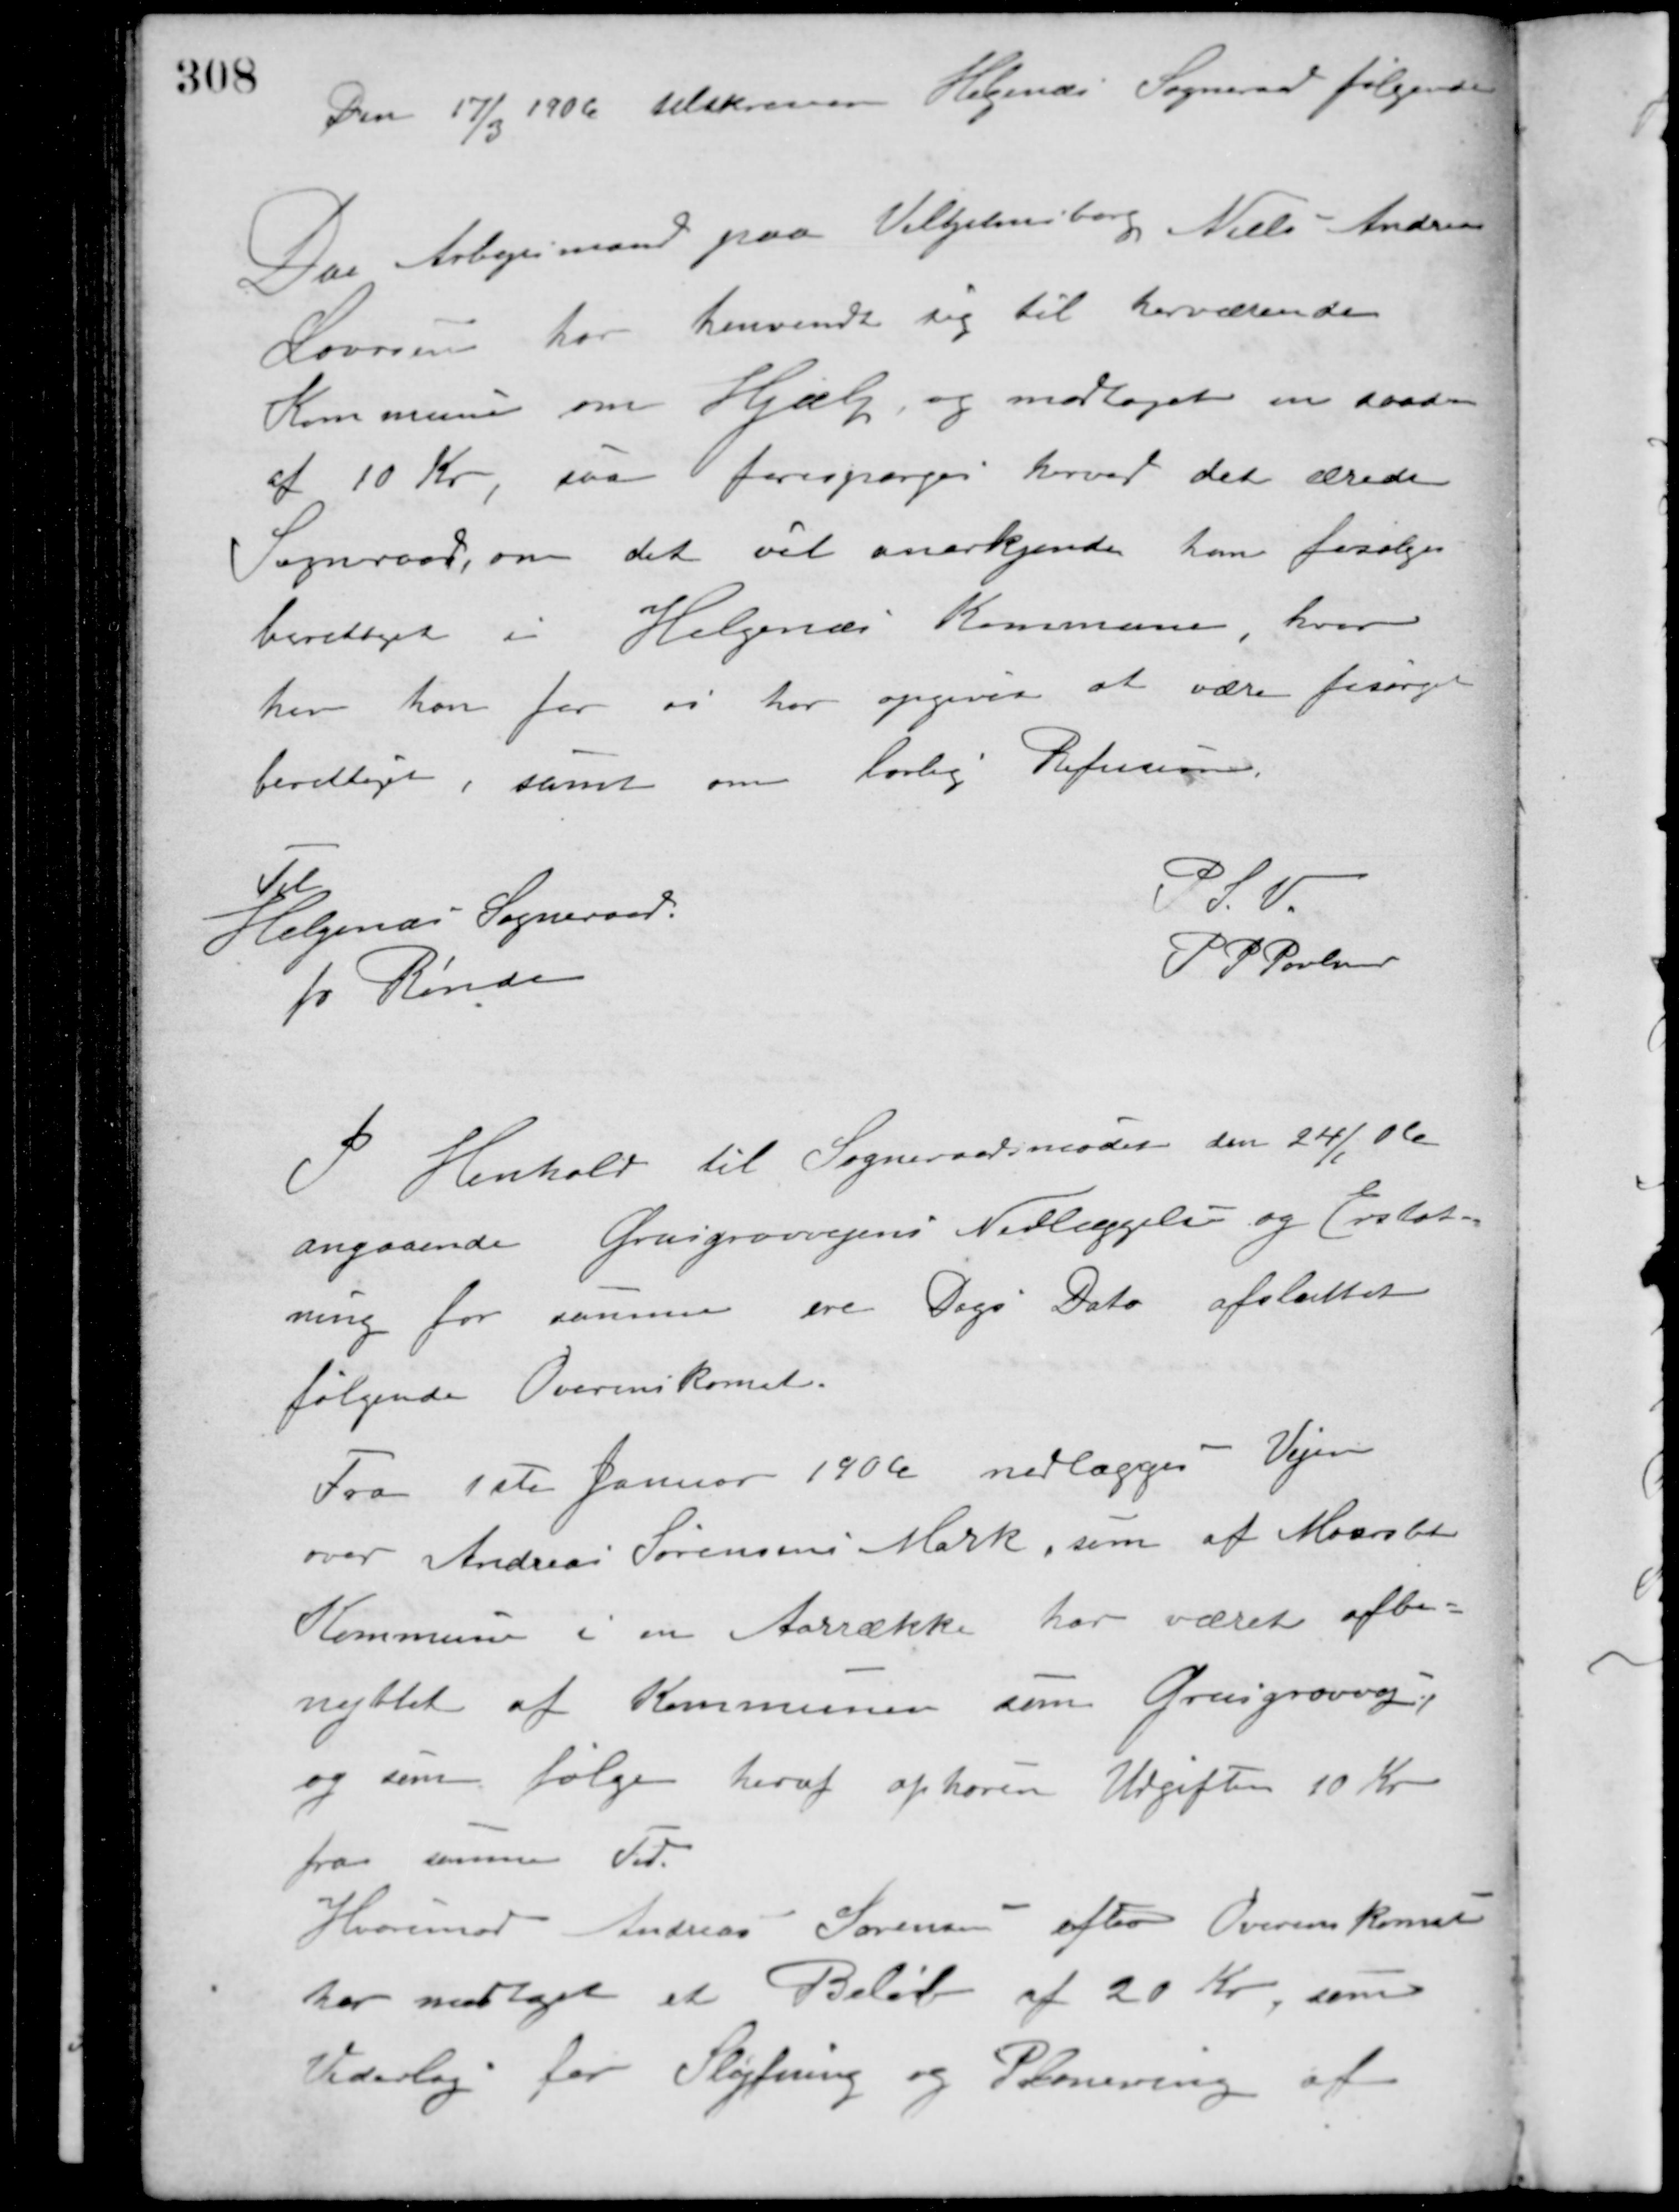
Transskription:
Den 17/3 1906 tilskreven Helgenæs Sogneraad følgende.
Da Arbejdsmand paa Vilhelmsborg Niels Andersen
Laursen har henvendt sig til herværende
Kommune om Hjælp, og modtaget en saadan
af 10 Kr. saa forespørges herved det ærede
Sogneraad, om det vil anerkjende ham forsørgelses-
berettiget i Helgenæs Kommune, hvor
her han for os har opgivet at være forsørgelses-
berettiget, samt om lovlig Refusion.
P.S.V.
P. P. Poulsen
Til
Helgenæs Sogneraad.
pr. Rønde
I Henhold til Sogneraadsmødet den 24/1 06
angaaende Grusgravvejens Nedlæggelse og Erstat-
ning for samme ere Dags Dato afsluttet
følgende Overenskomst.
Fra 1ste Januar 1906 nedlægges Vejen
over Andreas Sørensens Mark, som af Maarslet
Kommune i en Aarrække har været afbe-
nyttet af Kommunen som Grusgravvej,
og som følge heraf ophører Udgiften 10 Kr.
fra samme Tid.
Hvorimod Andreas Sørensen efter Overenskomst
har modtaget et Beløb af 20 Kr., som
Vederlag for Sløjfning og Planering af